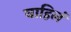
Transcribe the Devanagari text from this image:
वाहिलं